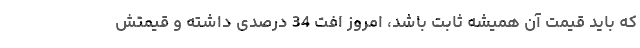
که باید قیمت آن همیشه ثابت باشد، امروز افت 34 درصدی داشته و قیمتش